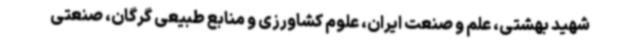
شهید بهشتی، علم و صنعت ایران، علوم کشاورزی و منابع طبیعی گرگان، صنعتی